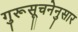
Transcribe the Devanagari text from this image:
गुरूसूचनेनुसार